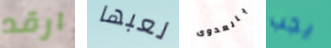
ارقد لعبها بالعدوى يجب